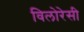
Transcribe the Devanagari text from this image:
विलोरेसी